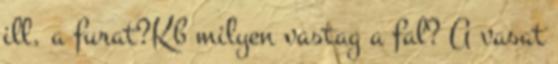
ill. a furat?Kb milyen vastag a fal? A vasat